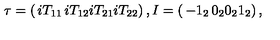
\tau = \left( \begin{matrix} { i T _ { 1 1 } } & { i T _ { 1 2 } } \\ { i T _ { 2 1 } } & { i T _ { 2 2 } } \\ \end{matrix} \right) , I = \left( \begin{matrix} { - 1 _ { 2 } } & { 0 _ { 2 } } \\ { 0 _ { 2 } } & { 1 _ { 2 } } \\ \end{matrix} \right) ,